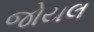
જોયલ